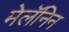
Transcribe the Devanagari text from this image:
मेलॅनिन